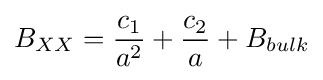
B_{XX}={\frac {c_{1}}{a^{2}}}+{\frac {c_{2}}{a}}+B_{bulk}